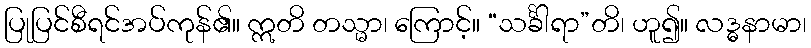
ပြုပြင်စီရင်အပ်ကုန်၏။ ဣတိ တသ္မာ၊ ကြောင့်။ “သင်္ခါရာ”တိ၊ ဟူ၍။ လဒ္ဓနာမာ၊